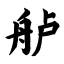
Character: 舻